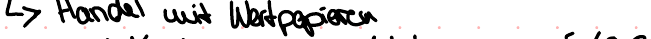
-> Handel mit Wertpapieren